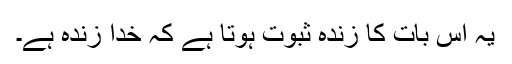
یہ اس بات کا زندہ ثبوت ہوتا ہے کہ خدا زندہ ہے۔